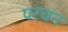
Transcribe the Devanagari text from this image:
परचन